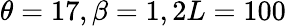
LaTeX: \theta=17,\beta=1,2L=100